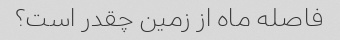
فاصله ماه از زمین چقدر است؟